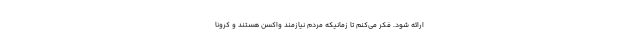
ارائه شود. فکر می‌کنم تا زمانیکه مردم نیازمند واکسن هستند و کرونا